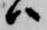
ハ